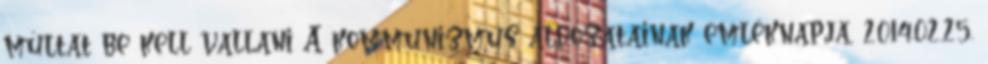
múltat be kell vallani A kommunizmus áldozatainak emléknapja, 2014.02.25.